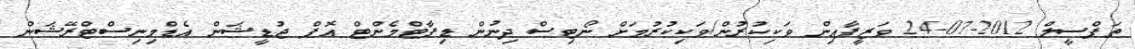
ތަފްސީލް 2012-07-24 ވަޒީފާއިން ވަކިކުރުން/ވަކިކުރުމަށް ނޯޓިސް ދިނުން ޑިޕާޓްމެންޓް އޮފް ޖުޑީޝަން އެޑްމިނިސްޓްރޭޝަން